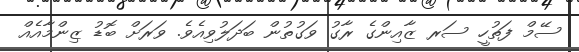
ސޭމް ފަތުހީ ސަރ ޒާއިންގެ ރާގު ވަގުތުން ބަދަލުވިއެވެ. ވަރަށް ބޮޑު ޒިންމާއެއް